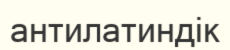
антилатиндік